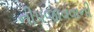
નીપજાવવાની